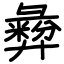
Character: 彜